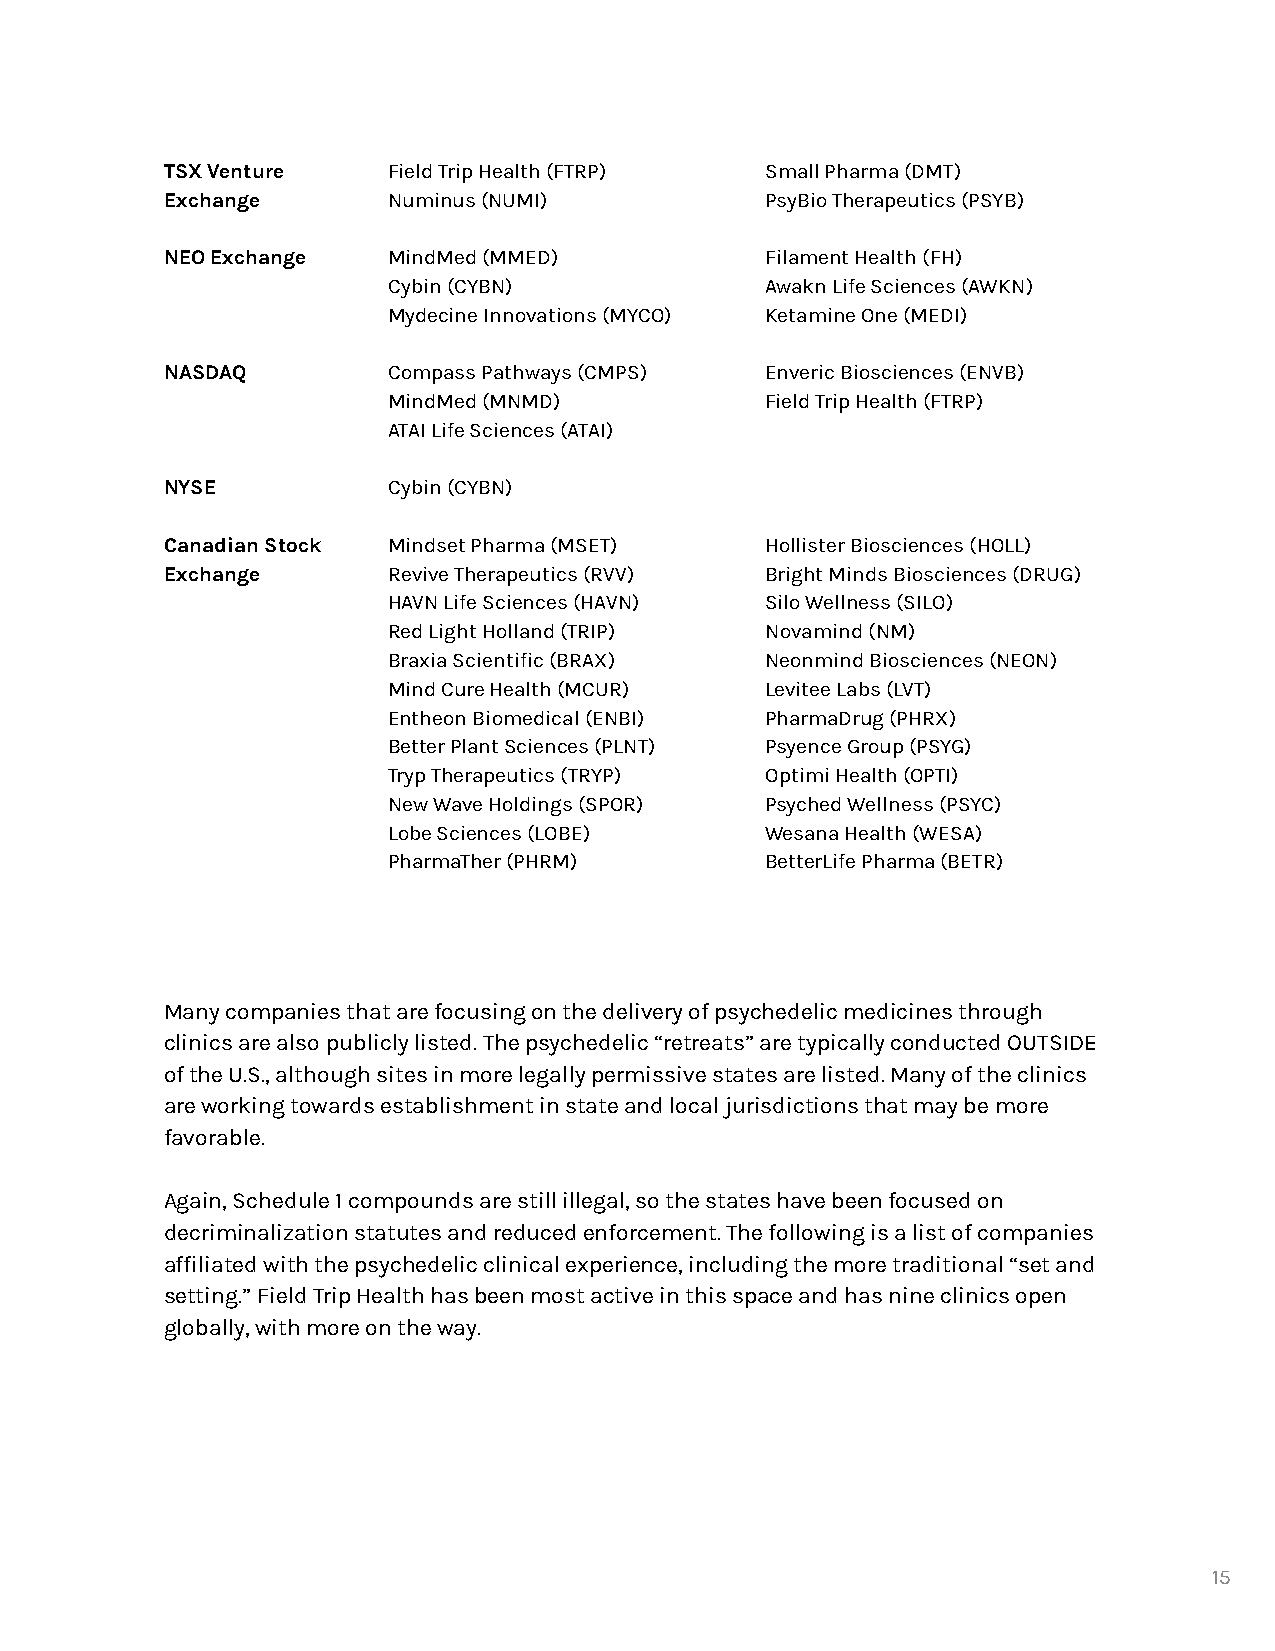
TSX Venture    Field Trip Health (FTRP) Small Pharma (DMT)
 Exchange       Numinus (NUMI)           PsyBio Therapeutics (PSYB)
 NEO Exchange   MindMed (MMED)           Filament Health (FH)
 Cybin (CYBN)             Awakn Life Sciences (AWKN)
 Mydecine Innovations (MYCO) Ketamine One (MEDI)
 NASDAQ         Compass Pathways (CMPS)  Enveric Biosciences (ENVB)
 MindMed (MNMD)           Field Trip Health (FTRP)
 ATAI Life Sciences (ATAI)
 NYSE           Cybin (CYBN)
 Canadian Stock Mindset Pharma (MSET)    Hollister Biosciences (HOLL)
 Exchange       Revive Therapeutics (RVV) Bright Minds Biosciences (DRUG)
 HAVN Life Sciences (HAVN) Silo Wellness (SILO)
 Red Light Holland (TRIP) Novamind (NM)
 Braxia Scientific (BRAX) Neonmind Biosciences (NEON)
 Mind Cure Health (MCUR)  Levitee Labs (LVT)
 Entheon Biomedical (ENBI) PharmaDrug (PHRX)
 Better Plant Sciences (PLNT) Psyence Group (PSYG)
 Tryp Therapeutics (TRYP) Optimi Health (OPTI)
 New Wave Holdings (SPOR) Psyched Wellness (PSYC)
 Lobe Sciences (LOBE)     Wesana Health (WESA)
 PharmaTher (PHRM)        BetterLife Pharma (BETR)
 Many companies that are focusing on the delivery of psychedelic medicines through
 clinics are also publicly listed. The psychedelic “retreats” are typically conducted OUTSIDE
 of the U.S., although sites in more legally permissive states are listed. Many of the clinics
 are working towards establishment in state and local jurisdictions that may be more
 favorable.
 Again, Schedule 1 compounds are still illegal, so the states have been focused on
 decriminalization statutes and reduced enforcement. The following is a list of companies
 affiliated with the psychedelic clinical experience, including the more traditional “set and
 setting.” Field Trip Health has been most active in this space and has nine clinics open
 globally, with more on the way.
 15